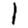
Digit: 1